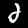
Digit: 2